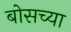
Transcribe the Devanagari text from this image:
बोसच्या